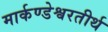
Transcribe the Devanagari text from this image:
मार्कण्डेश्वरतीर्थ